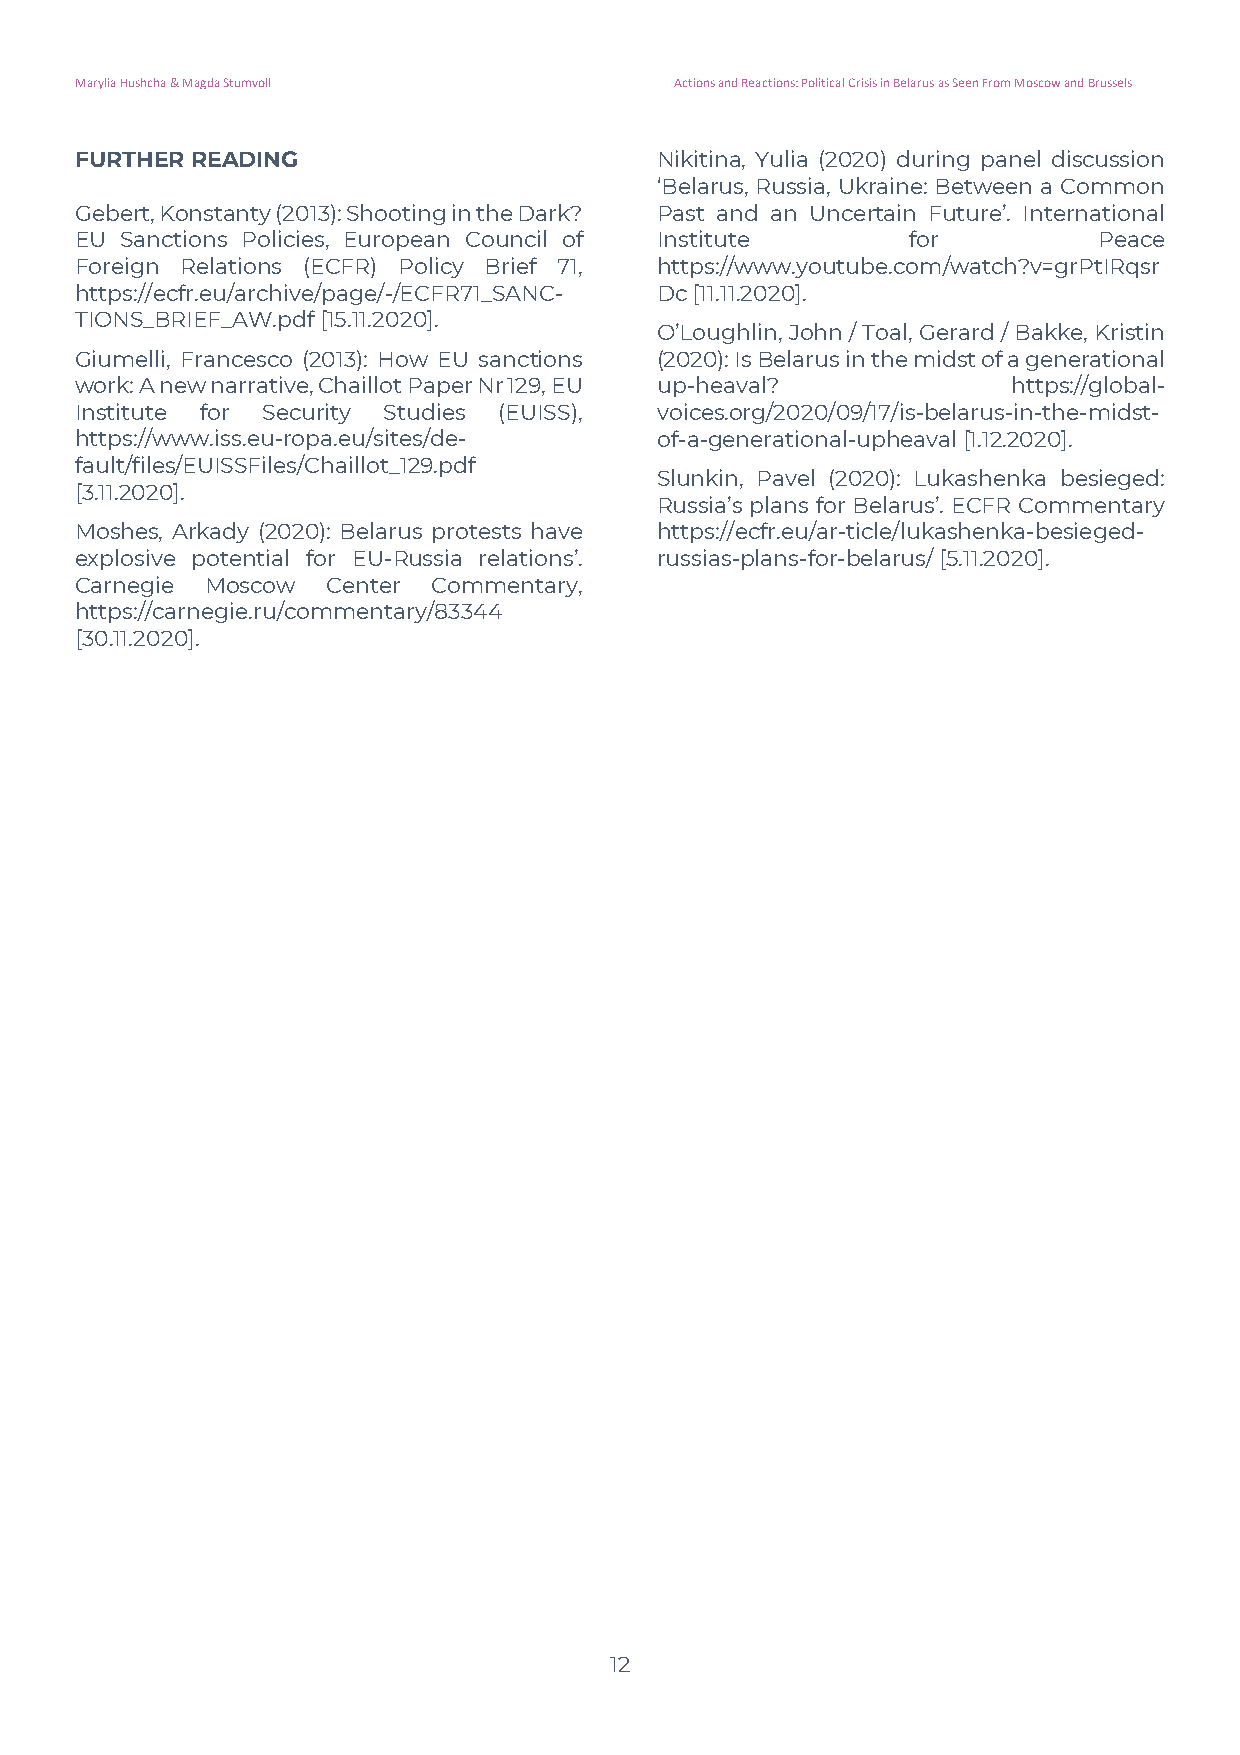
Marylia Hushcha & Magda Stumvoll        Actions and Reactions: Political Crisis in Belarus as Seen From Moscow and Brussels
 FURTHER READING                       Nikitina, Yulia (2020) during panel discussion
 ‘Belarus, Russia, Ukraine: Between a Common
 Gebert, Konstanty (2013): Shooting in the Dark? Past and an Uncertain Future’. International
 EU Sanctions Policies, European Council of Institute   for          Peace
 Foreign Relations (ECFR) Policy Brief 71, https://www.youtube.com/watch?v=grPtIRqsr
 https://ecfr.eu/archive/page/-/ECFR71_SANC- Dc [11.11.2020].
 TIONS_BRIEF_AW.pdf [15.11.2020].
 O’Loughlin, John / Toal, Gerard / Bakke, Kristin
 Giumelli, Francesco (2013): How EU sanctions (2020): Is Belarus in the midst of a generational
 work: A new narrative, Chaillot Paper Nr 129, EU up-heaval?   https://global-
 Institute for Security Studies (EUISS), voices.org/2020/09/17/is-belarus-in-the-midst-
 https://www.iss.eu-ropa.eu/sites/de-  of-a-generational-upheaval [1.12.2020].
 fault/files/EUISSFiles/Chaillot_129.pdf
 Slunkin, Pavel (2020): Lukashenka besieged:
 [3.11.2020].
 Russia’s plans for Belarus’. ECFR Commentary
 Moshes, Arkady (2020): Belarus protests have https://ecfr.eu/ar-ticle/lukashenka-besieged-
 explosive potential for EU-Russia relations’. russias-plans-for-belarus/ [5.11.2020].
 Carnegie Moscow  Center Commentary,
 https://carnegie.ru/commentary/83344
 [30.11.2020].
 12